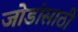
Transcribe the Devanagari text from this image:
जोडांसाठी